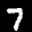
Label: 7